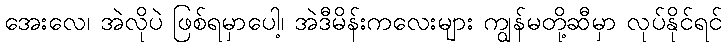
အေးလေ၊ အဲလိုပဲ ဖြစ်ရမှာပေါ့၊ အဲဒီမိန်းကလေးများ ကျွန်မတို့ဆီမှာ လုပ်နိုင်ရင်